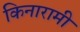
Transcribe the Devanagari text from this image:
किनारामी